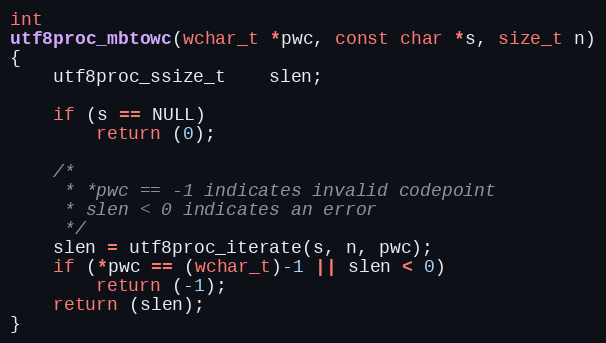
Language: C
int
utf8proc_mbtowc(wchar_t *pwc, const char *s, size_t n)
{
	utf8proc_ssize_t	slen;

	if (s == NULL)
		return (0);

	/*
	 * *pwc == -1 indicates invalid codepoint
	 * slen < 0 indicates an error
	 */
	slen = utf8proc_iterate(s, n, pwc);
	if (*pwc == (wchar_t)-1 || slen < 0)
		return (-1);
	return (slen);
}